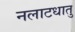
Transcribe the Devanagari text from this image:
नलाटधातु